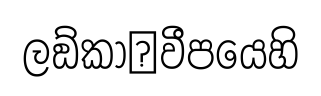
ලඞ්කා෾වීපයෙහි